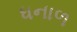
ધનાળ